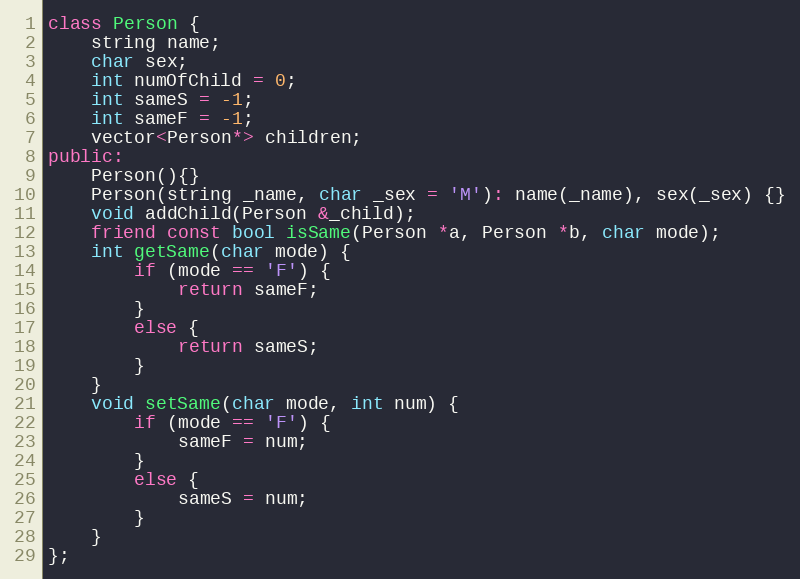
Language: C++
class Person {
	string name;
	char sex;
	int numOfChild = 0;
	int sameS = -1;
	int sameF = -1;
	vector<Person*> children;
public:
	Person(){}
	Person(string _name, char _sex = 'M'): name(_name), sex(_sex) {}
	void addChild(Person &_child);
	friend const bool isSame(Person *a, Person *b, char mode);
	int getSame(char mode) {
		if (mode == 'F') {
			return sameF;
		}
		else {
			return sameS;
		}
	}
	void setSame(char mode, int num) {
		if (mode == 'F') {
			sameF = num;
		}
		else {
			sameS = num;
		}
	}
};